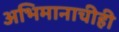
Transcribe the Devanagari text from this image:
अभिमानाचीही